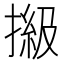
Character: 𢲩